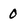
Character: 0